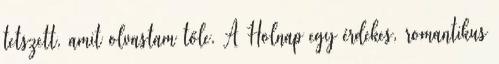
tetszett, amit olvastam tőle. A Holnap egy érdekes, romantikus